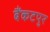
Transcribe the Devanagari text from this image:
बैंकटपुर